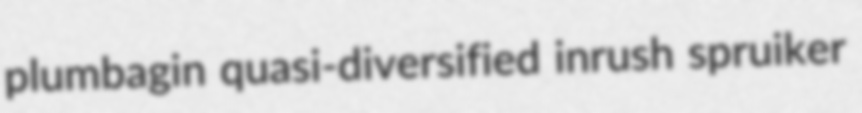
plumbagin quasi-diversified inrush spruiker